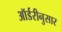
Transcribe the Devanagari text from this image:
ऑर्डरीनुसार